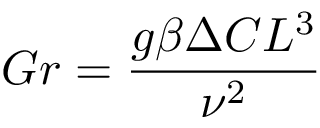
G r = { \frac { g \beta \Delta C L ^ { 3 } } { \nu ^ { 2 } } }